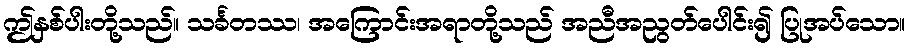
ဤနှစ်ပါးတို့သည်။ သင်္ခတဿ၊ အကြောင်းအရာတို့သည် အညီအညွတ်ပေါင်း၍ ပြုအပ်သော။